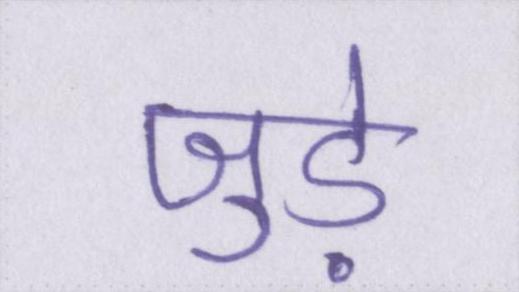
जुडे़